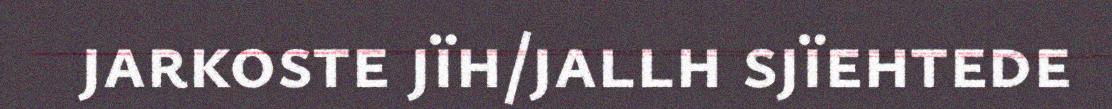
jarkoste jïh/jallh sjïehtede